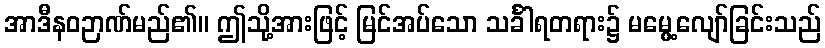
အာဒီနဝဉာဏ်မည်၏။ ဤသို့အားဖြင့် မြင်အပ်သော သင်္ခါရတရား၌ မမွေ့လျော်ခြင်းသည်